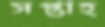
সপ্তাহ